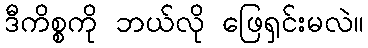
ဒီကိစ္စကို ဘယ်လို ဖြေရှင်းမလဲ။